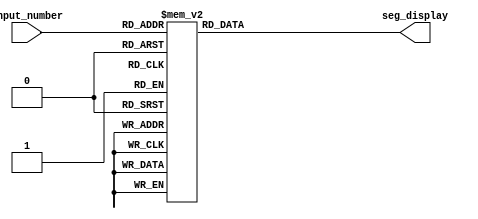
module seven_segment_decoder (
    input [3:0] input_number,  // 4-bit input representing numbers 0 to 9
    output reg [6:0] seg_display // 7-bit output for controlling seven-segment display
);

always @* begin
    case(input_number)
        4'b0000: seg_display = 7'b1000000; // 0
        4'b0001: seg_display = 7'b1111001; // 1
        4'b0010: seg_display = 7'b0100100; // 2
        4'b0011: seg_display = 7'b0110000; // 3
        4'b0100: seg_display = 7'b0011001; // 4
        4'b0101: seg_display = 7'b0010010; // 5
        4'b0110: seg_display = 7'b0000010; // 6
        4'b0111: seg_display = 7'b1111000; // 7
        4'b1000: seg_display = 7'b0000000; // 8
        4'b1001: seg_display = 7'b0010000; // 9
        default: seg_display = 7'b1111111;  // Invalid input
    endcase
end

endmodule